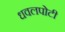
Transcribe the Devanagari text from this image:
धवलपोटी